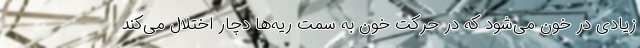
زیادی در خون می‌شود که در حرکت خون به سمت ریه‌ها دچار اختلال می‌کند